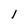
Character: l